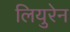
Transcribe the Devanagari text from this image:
लियुरेन